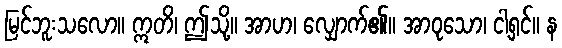
မြင်ဘူးသလော။ ဣတိ၊ ဤသို့။ အာဟ၊ လျှောက်၏။ အာဝုသော၊ ငါ့ရှင်။ န